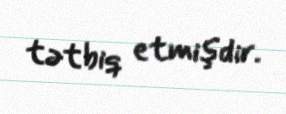
tətbiq etmişdir.